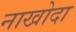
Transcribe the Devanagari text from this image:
नाखोदा